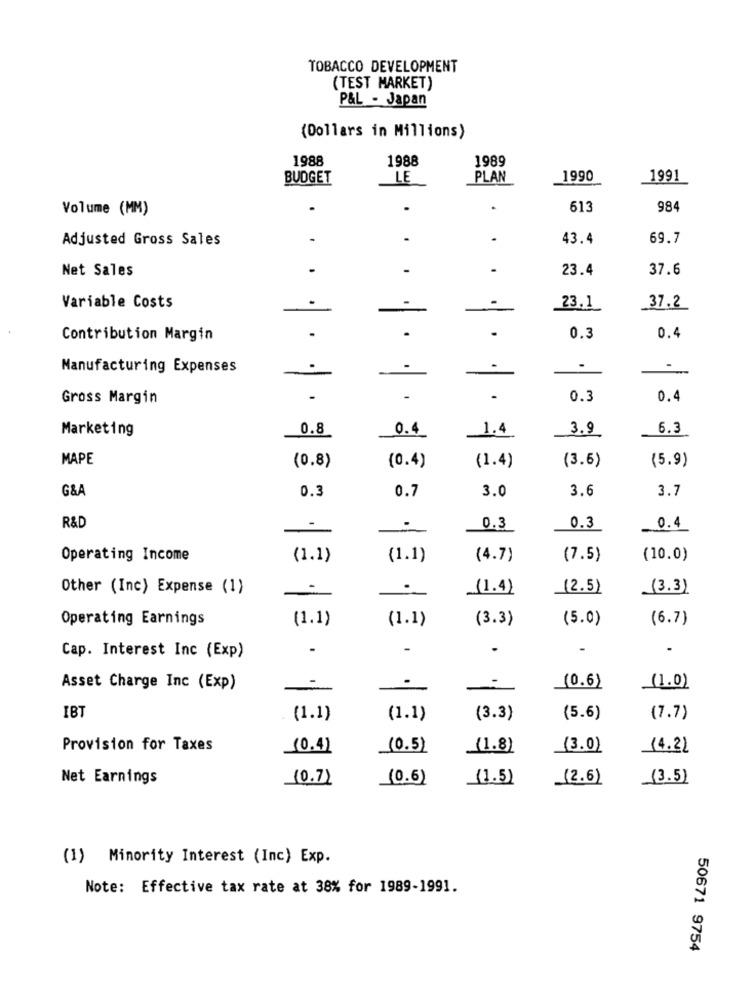
TOBACCO DEVELOPMENT
(TEST MARKET)
P&L - Japan
(Dollars in Millions)
1988
1988
1989
BUDGET
LE
PLAN
1990
1991
Volume (MM)
613
984
Adjusted Gross Sales
43.4
69.7
..
Net Sales
23.4
37.6
Variable Costs
23.1
37.2
.
Contribution Margin
0.3
0.4
Manufacturing Expenses
-
-
.
.
Gross Margin
0.3
0.4
Marketing
0.8
0.4
3.9
6.3
1.4
MAPE
(0.8)
(3.6)
(0.4)
(1.4)
(5.9)
G&A
3.0
3.6
0.3
0.7
3.7
R&D
.
0.3
0.3
0.4
Operating Income
(1.1)
(1.1)
(4.7)
(7.5)
(10.0)
Other (Inc) Expense (1)
(1.4)
(2.5)
(3.3)
Operating Earnings
(1.1)
(1.1)
(3.3)
(5.0)
(6.7)
.
-
.
Cap. Interest Inc (Exp)
.
Asset Charge Inc (Exp)
(0.6)
(1.0)
IBT
(1.1)
(1.1)
(3.3)
(5.6)
(7.7)
Provision for Taxes
10.41
_(0.5)
(1.8)
(3.0)
(4.2)
Net Earnings
(0.7)
(0.6)
(1.5)
(2.6)
(3.5)
(1) Minority Interest (Inc) Exp.
Note: Effective tax rate at 38% for 1989-1991.
50671 9754